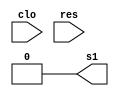
module pisca(
	input clo,
	input res,
	output s1
	);
reg sinal;
assign s1 = sinal;

always @(clo) begin
	sinal <= ~sinal;
end

always @(res) begin
	sinal <= 0;
end

endmodule

module teste_pisca;

wire s1;
reg clk, res;

pisca p(clk, res, s1);

always #2 begin
	clk <= ~clk;
end

initial begin
	$dumpvars(0, p);
	#2;
	clk <= 1;
	#2;
	res <= 0;
	#5;
	clk <= 1;
	#300;
	$finish;
end

endmodule